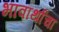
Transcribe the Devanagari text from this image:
भावार्थाचा